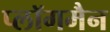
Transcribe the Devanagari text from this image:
प्लॉगमैन